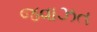
જવાઝત